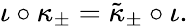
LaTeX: \iota\circ\kappa_{\pm}=\tilde{\kappa}_{\pm}\circ\iota.